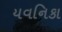
યવનિકા